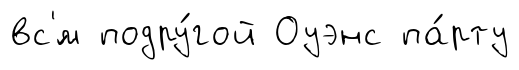
вс'́м подру́гой Оуэнс па́рту